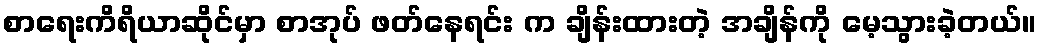
စာရေးကိရိယာဆိုင်မှာ စာအုပ် ဖတ်နေရင်း က ချိန်းထားတဲ့ အချိန်ကို မေ့သွားခဲ့တယ်။